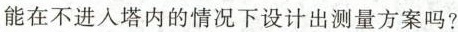
能在不进入塔内的情况下设计出测量方案吗?